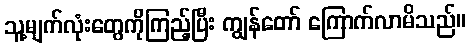
သူ့မျက်လုံးတွေကိုကြည့်ပြီး ကျွန်တော် ကြောက်လာမိသည်။